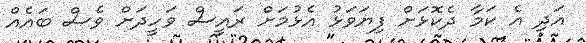
އަދި އެ ކަމާ ދެކޮޅަށް ފިޔަވަޅު އެޅުމަށް ރައީސް ވަހީދަށް ވެސް ބައެއް